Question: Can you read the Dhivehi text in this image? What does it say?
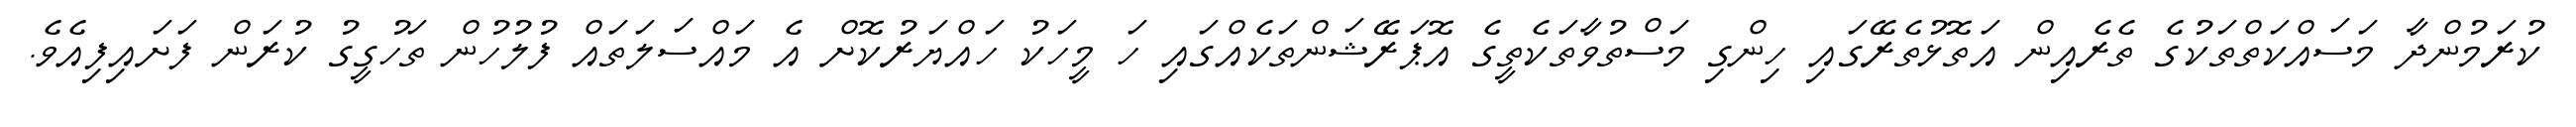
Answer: ކުރަމުންދާ މަސައްކަތްތަކުގެ ތެރެއިން އަތޮޅުތެރޭގައި ހިންގި މަސްތުވާތަކެތީގެ އޮޕަރޭޝަންތަކެއްގައި ހަ މީހަކު ހައްޔަރުކޮށް އެ މައްސަލަތައް ފުލުހުން ތަހުގީގު ކުރަން ފަށައިފިއެވެ.